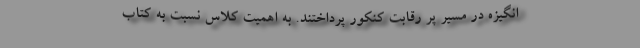
انگیزه در مسیر پر رقابت کنکور پرداختند. به اهمیت کلاس نسبت به کتاب